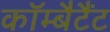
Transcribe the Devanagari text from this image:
कॉम्बैटैंट